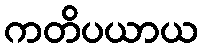
ကတိပယာယ